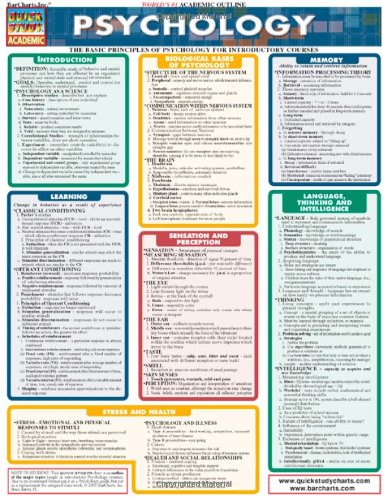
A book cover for Psychology (Quickstudy Reference Guides - Academic); Inc. BarCharts; Medical Books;